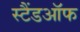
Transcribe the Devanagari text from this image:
स्टैंडऑफ